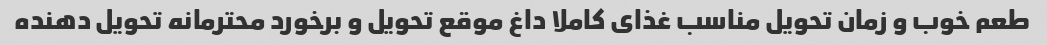
طعم خوب و زمان تحویل مناسب غذای کاملا داغ موقع تحویل و برخورد محترمانه تحویل دهنده